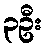
၃ဦး